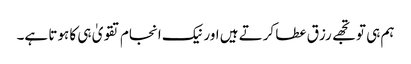
ہم ہی تو تجھے رزق عطا کرتے ہیں اور نیک انجام تقویٰ ہی کا ہوتا ہے۔